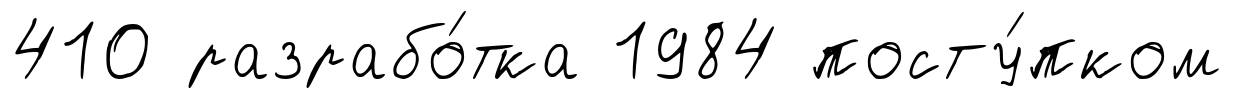
410 разрабо́тка 1984 посту́пком